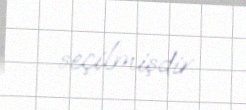
seçilmişdir.